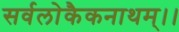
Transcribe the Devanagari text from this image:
सर्वलोकैकनाथम्।।